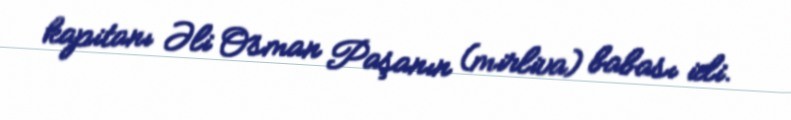
kapitanı Əli Osman Paşanın (mirliva) babası idi.